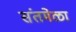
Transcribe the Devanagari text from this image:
संतमेळा